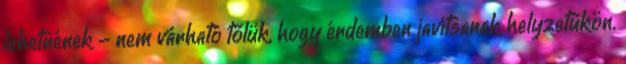
lehetnének - nem várható tőlük, hogy érdemben javítsanak helyzetükön.